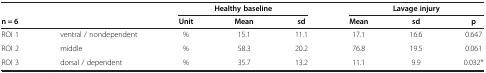
<table><thead><tr><td colspan="2"><b> </b></td><td colspan="3"><b>Healthy baseline</b></td><td colspan="3"><b>Lavage injury</b></td></tr><tr><td><b>n = 6</b></td><td><b> </b></td><td><b>Unit</b></td><td><b>Mean</b></td><td><b>sd</b></td><td><b>Mean</b></td><td><b>sd</b></td><td><b>p</b></td></tr></thead><tbody><tr><td>ROI 1</td><td>ventral / nondependent</td><td>%</td><td>15.1</td><td>11.1</td><td>17.1</td><td>16.6</td><td>0.647</td></tr><tr><td>ROI 2</td><td>middle</td><td>%</td><td>58.3</td><td>20.2</td><td>76.8</td><td>19.5</td><td>0.061</td></tr><tr><td>ROI 3</td><td>dorsal / dependent</td><td>%</td><td>35.7</td><td>13.2</td><td>11.1</td><td>9.9</td><td>0.032*</td></tr></tbody></table>